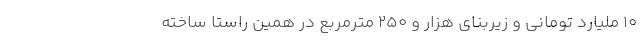
۱۰ ملیارد تومانی و زیربنای هزار و ۲۵۰ مترمربع در همین راستا ساخته